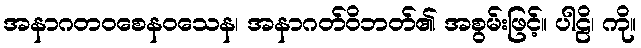
အနာဂတဝစေနဝသေန၊ အနာဂတ်ဝိဘတ်၏ အစွမ်းဖြင့်။ ပါဠိ၊ ကို။